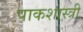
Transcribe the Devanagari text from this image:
पाकशास्त्री